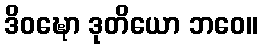
ဒိဝဍ္ဎော ဒုတိယော ဘဝေ။